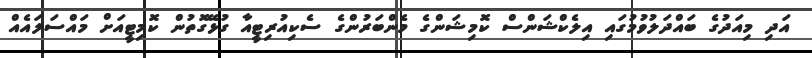
އަދި މިއަދުގެ ބައްދަލުވުމުގައި އިލެކްޝަންސް ކޮމިޝަންގެ މެންބަރުންގެ ސެކިއުރިޓީއާ ގުޅޭގޮތުން ކޮމިޓީއަށް މައްސަލައެއް